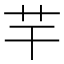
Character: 芉